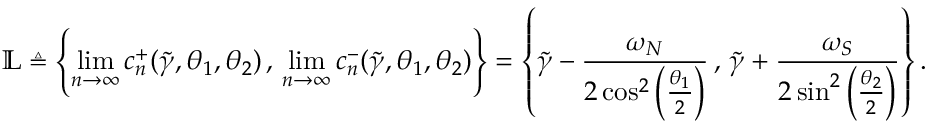
\mathbb { L } \triangleq \left\lbrace \operatorname* { l i m } _ { n \to \infty } c _ { n } ^ { + } ( \widetilde { \gamma } , \theta _ { 1 } , \theta _ { 2 } ) \, , \, \operatorname* { l i m } _ { n \to \infty } c _ { n } ^ { - } ( \widetilde { \gamma } , \theta _ { 1 } , \theta _ { 2 } ) \right\rbrace = \left\lbrace \widetilde { \gamma } - \frac { \omega _ { N } } { 2 \cos ^ { 2 } \left( \frac { \theta _ { 1 } } { 2 } \right) } \, , \, \widetilde { \gamma } + \frac { \omega _ { S } } { 2 \sin ^ { 2 } \left( \frac { \theta _ { 2 } } { 2 } \right) } \right\rbrace .